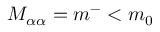
M _ { \alpha \alpha } = m ^ { - } < m _ { 0 }